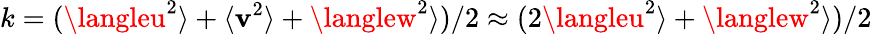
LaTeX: k=({\langleu^{2}\rangle}+{\langle\mathbf{v}^{2}\rangle}+{\langlew^{2}\rangle})/2\approx(2{\langleu^{2}\rangle}+{\langlew^{2}\rangle})/2